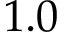
1 . 0